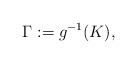
LaTeX: \begin{align*} \Gamma:=g^{-1}(K), \end{align*}